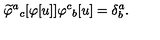
\widetilde \varphi ^ { a } { } _ { c } [ \varphi [ u ] ] \varphi ^ { c } { } _ { b } [ u ] = \delta _ { b } ^ { a } .